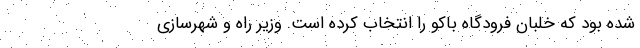
شده بود که خلبان فرودگاه باکو را انتخاب کرده است. وزیر راه و شهرسازی